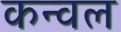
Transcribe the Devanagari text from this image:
कन्वल